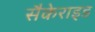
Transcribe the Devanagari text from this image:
सैकेराइड